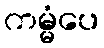
ကမ္မံပေ